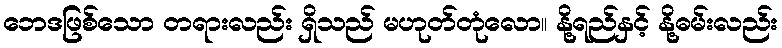
ဘေဒဖြစ်သော တရားလည်း ရှိသည် မဟုတ်တုံလော။ နို့ရည်နှင့် နို့ဓမ်းလည်း